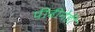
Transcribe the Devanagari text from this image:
पीढीनेही